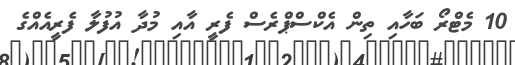
10 މެޓްރޯ ބަހާއި ތިން އެކްސްޕްރެސް ފެރީ އާއި މުދާ އުފުލާ ފެރީއެއްގެ